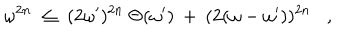
\omega ^ { 2 n } \; \leq \; ( 2 \omega ^ { \prime } ) ^ { 2 n } \: \Theta ( \omega ^ { \prime } ) \: + \: ( 2 ( \omega - \omega ^ { \prime } ) ) ^ { 2 n } ,